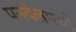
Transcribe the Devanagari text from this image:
पनवेलमध्ये